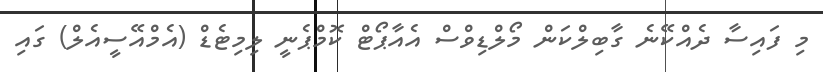
މި ފައިސާ ދެއްކޭނެ ގާބިލްކަން މޯލްޑިވްސް އެއާޕޯޓް ކޮމްޕެނީ ލިމިޓެޑް (އެމްއޭސީއެލް) ގައި